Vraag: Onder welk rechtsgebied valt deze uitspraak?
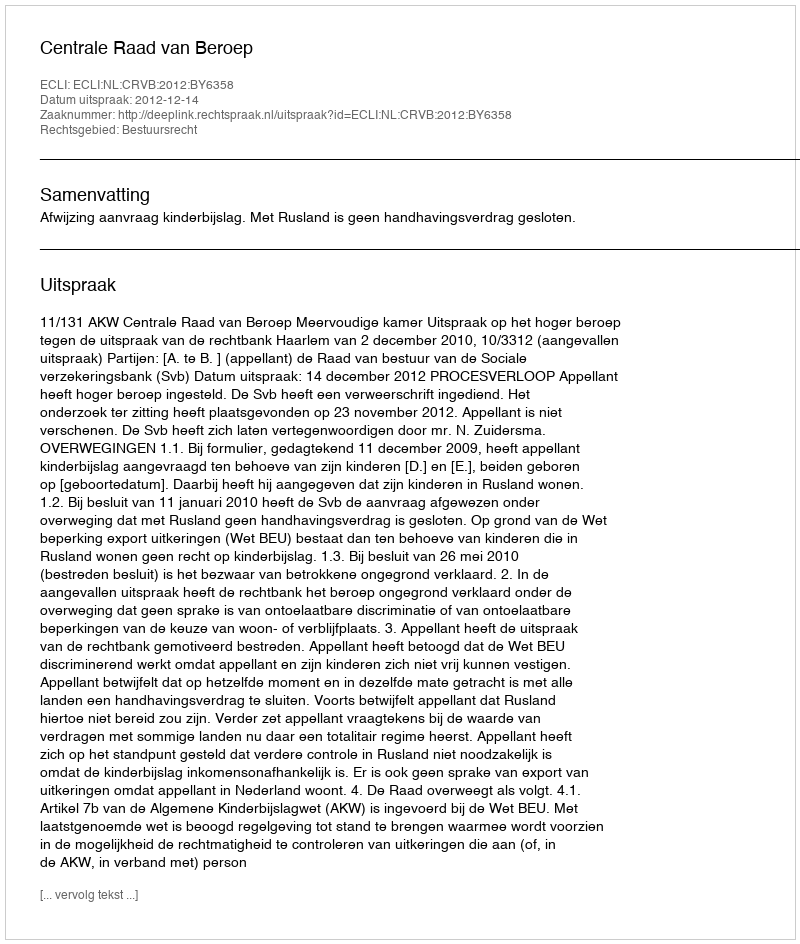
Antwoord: Bestuursrecht